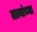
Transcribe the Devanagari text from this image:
तत्वांच्या